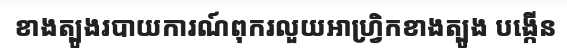
ខាងត្បូងរបាយការណ៍ពុករលួយអាហ្វ្រិកខាងត្បូង បង្កើន